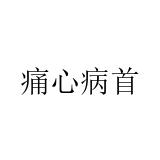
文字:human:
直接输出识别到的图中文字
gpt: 痛心病首